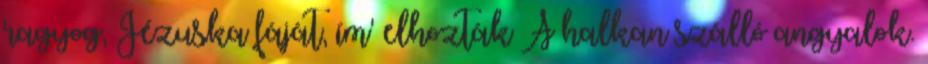
ragyog, Jézuska fáját, ím' elhozták A halkan szálló angyalok.